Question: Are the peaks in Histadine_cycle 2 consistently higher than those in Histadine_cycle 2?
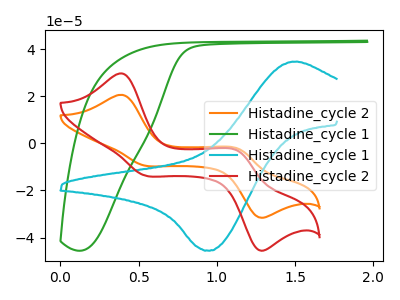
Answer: <think>The orange curve "Histadine_cycle 2" has anodic peaks at (0.40V, 20.60uA) (1.15V, -2.30uA) and cathodic peaks at (0.55V, -9.40uA) (1.25V, -31.40uA). The green curve "Histadine_cycle 1" has no peaks. The cyan curve "Histadine_cycle 1" has an anodic peak at (1.45V, 34.60uA) and a cathodic peak at (0.95V, -45.55uA). The red curve "Histadine_cycle 2" has anodic peaks at (0.40V, 29.65uA) (1.15V, -3.30uA) and cathodic peaks at (0.55V, -13.55uA) (1.25V, -45.25uA).</think>
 <answer>The peaks in "Histadine_cycle 2" are neither all higher or all lower than the peaks in "Histadine_cycle 2".</answer>
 <eval>mixed</eval>